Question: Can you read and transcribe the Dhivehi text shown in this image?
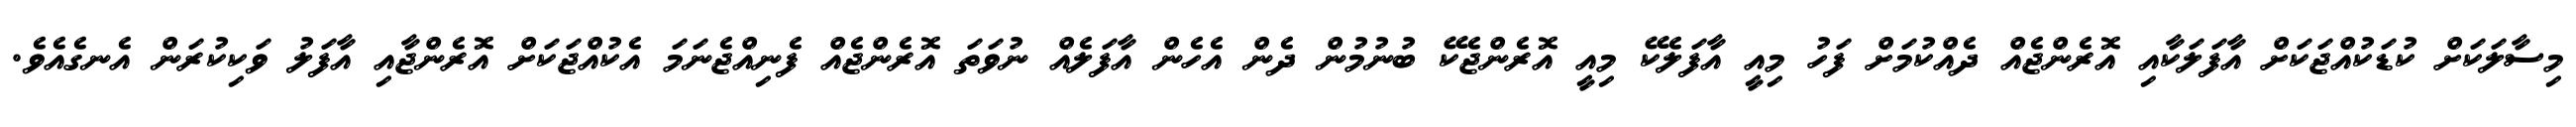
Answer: މިސާލަކަށް ކުޑަކުއްޖަކަށް އާފަލަކާއި އޮރެންޖެއް ދެއްކުމަށް ފަހު މިއީ އާފަލެކޭ މިއީ އޮރެންޖެކޭ ބުނުމުން ދެން އެހެން އާފަލެއް ނުވަތަ އޮރެންޖެއް ފެނިއްޖެނަމަ އެކުއްޖަކަށް އޮރެންޖާއި އާފަލު ވަކިކުރަން އެނގެއެވެ.